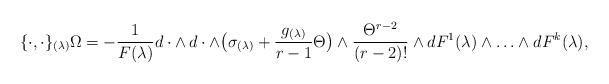
LaTeX: \begin{align*}\{\cdot , \cdot\}_{(\lambda)} \Omega = -\frac{1}{F(\lambda)}d\cdot \wedge \, d\cdot \wedge\big(\sigma_{(\lambda)} + \frac{g_{(\lambda)}}{r-1}\Theta\big) \wedge \frac{\Theta^{r-2}}{(r-2)!}\wedge dF^1(\lambda)\wedge\ldots \wedge dF^k(\lambda),\end{align*}